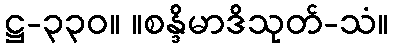
ဋ္ဌ-၃၃၀။ ။စန္ဒိမာဒိသုတ်-သံ။